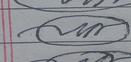
Signature authenticity: forged